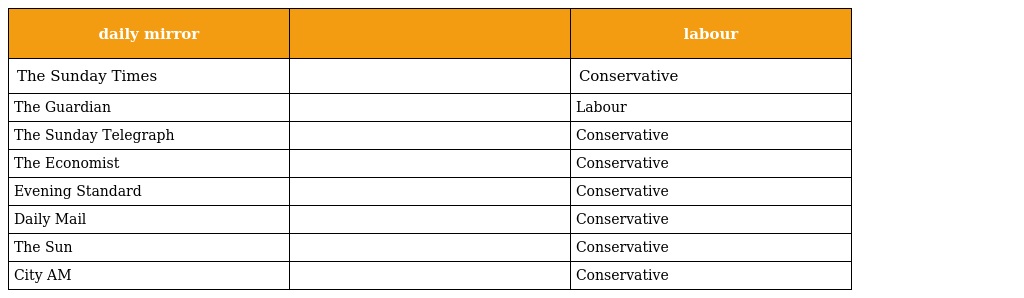
| daily mirror |  | labour |
 | --- | --- | --- |
 | The Sunday Times |  | Conservative |
 | The Guardian |  | Labour |
 | The Sunday Telegraph |  | Conservative |
 | The Economist |  | Conservative |
 | Evening Standard |  | Conservative |
 | Daily Mail |  | Conservative |
 | The Sun |  | Conservative |
 | City AM |  | Conservative |